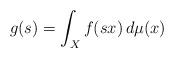
LaTeX: \begin{align*}g(s)=\int_Xf(sx)\,d\mu(x)\end{align*}